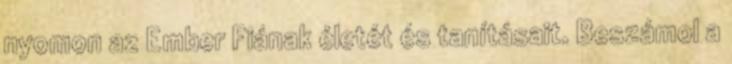
nyomon az Ember Fiának életét és tanításait. Beszámol a